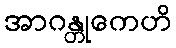
အာဂန္တုကေဟိ